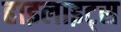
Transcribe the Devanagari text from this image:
हाइलाइट्स